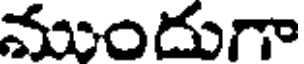
ముందుగా